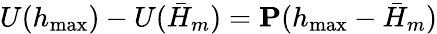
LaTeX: U(h_{\operatorname*{max}})-U(\bar{H}_{m})=\mathbf{P}(h_{\operatorname*{max}}-\bar{H}_{m})